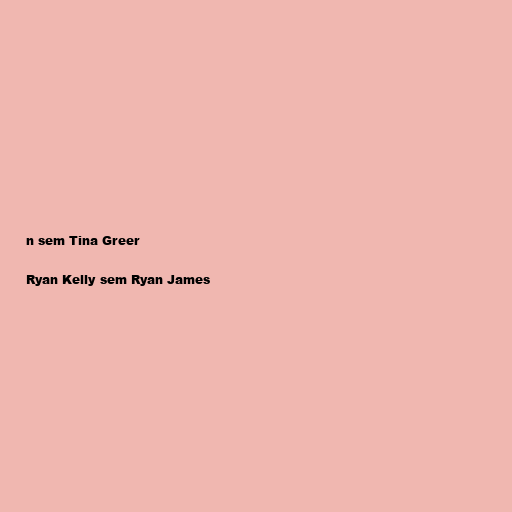
n sem Tina Greer

Ryan Kelly sem Ryan James